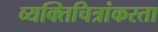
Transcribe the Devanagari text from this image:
व्यक्तिचित्रांकरता